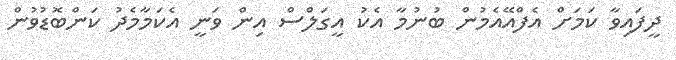
ދީފައިވާ ކަމަށް އެފްއޭއެމުން ބުނުމާ އެކު އީގަލްސް އިން ވަނީ އެކަމާމެދު ކަންބޮޑުވުން